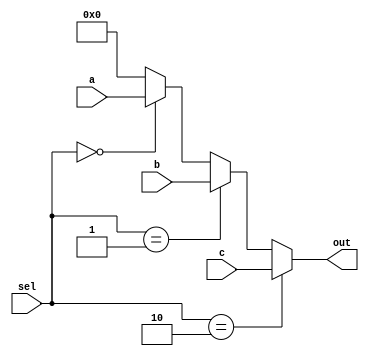
//3:1 MUX
module mux3 #(parameter WIDTH=32)(
	input [WIDTH-1:0] a,
	input [WIDTH-1:0] b,
	input [WIDTH-1:0] c,
	input [1:0] sel,
	output [WIDTH-1:0] out
);

	assign out = (sel == 2'b10) ? c :
			((sel == 2'b01) ? b :
			((sel == 2'b00) ? a : 32'd0));
							
endmodule